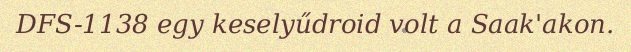
DFS-1138 egy keselyűdroid volt a Saak'akon.